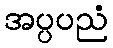
အပ္ပပညံ